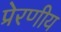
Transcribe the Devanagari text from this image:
प्रेरणीय